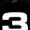
Digit: 3